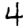
Digit: 4